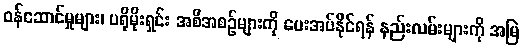
ဝန်ဆောင်မှုများ၊ ပရိုမိုးရှင်း အစီအစဉ်များကို ပေးအပ်နိုင်ရန် နည်းလမ်းများကို အမြဲ